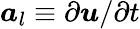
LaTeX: \boldsymbol{a}_{l}\equiv\partial\boldsymbol{u}/\partial t